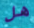
هل